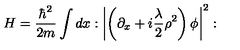
H = { \frac { \hbar ^ { 2 } } { 2 m } } \int d x : \left| \left( \partial _ { x } + i { \frac { \lambda } { 2 } } \rho ^ { 2 } \right) { \phi } \right| ^ { 2 } :